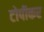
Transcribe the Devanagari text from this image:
टोपीकर